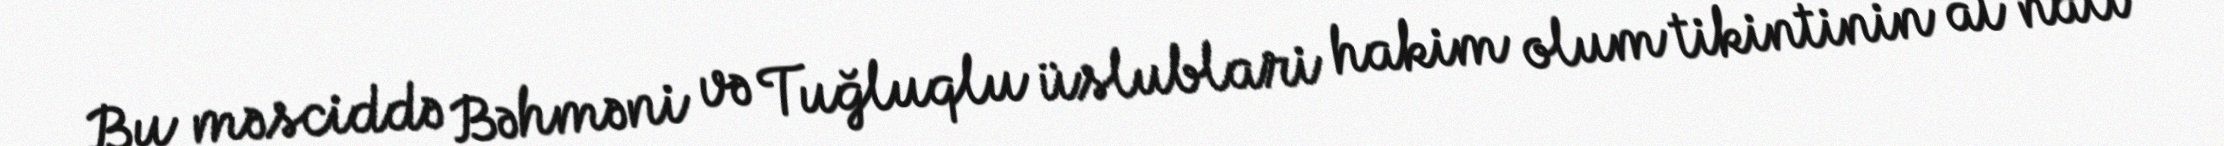
Bu məsciddə Bəhməni və Tuğluqlu üslublari hakim olum tikintinin at nali